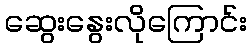
ဆွေးနွေးလိုကြောင်း